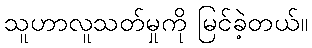
သူဟာလူသတ်မှုကို မြင်ခဲ့တယ်။